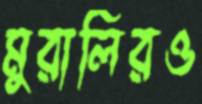
মুরালিরও